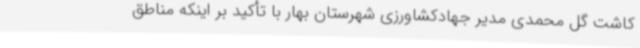
کاشت گل محمدی مدیر جهادکشاورزی شهرستان بهار با تأکید بر اینکه مناطق